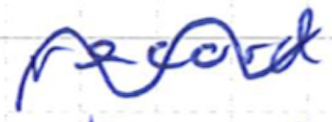
Text: record
Cross-out: wave
Writing tool: ballpoint